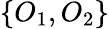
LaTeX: \{ O_{1},O_{2}\}